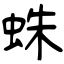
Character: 蛛